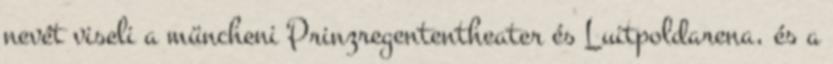
nevét viseli a müncheni Prinzregententheater és Luitpoldarena, és a